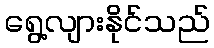
ရွေ့လျားနိုင်သည်